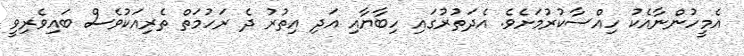
އެމީހުންނާއެކު ހިއްސާކުރުމަށެވެ. އެދަތުރުގައި ހިބާޔާއި އަދި އިތުރު ދެ ރަހުމަތް ތެރިއަކުވެސް ބައިވެރިވީ